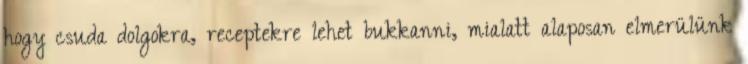
hogy csuda dolgokra, receptekre lehet bukkanni, mialatt alaposan elmerülünk